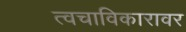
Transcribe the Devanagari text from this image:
त्वचाविकारावर